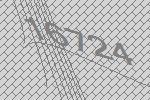
16724